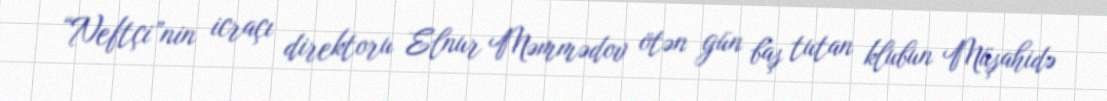
“Neftçi”nin icraçı direktoru Elnur Məmmədov ötən gün baş tutan klubun Müşahidə